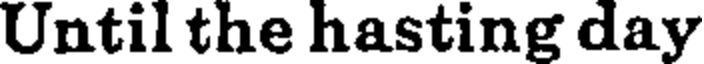
Until the hasting day